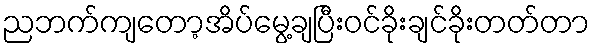
ညဘက်ကျတော့အိပ်မွေ့ချပြီးဝင်ခိုးချင်ခိုးတတ်တာ